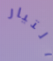
التيار